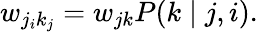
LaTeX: w_{j_{i}k_{j}}=w_{jk}P(k\mid j,i).